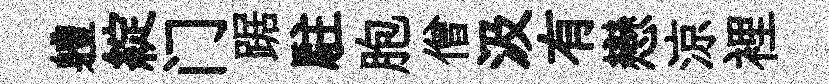
軆綻门踞駐胞僧汲有戀涼裡